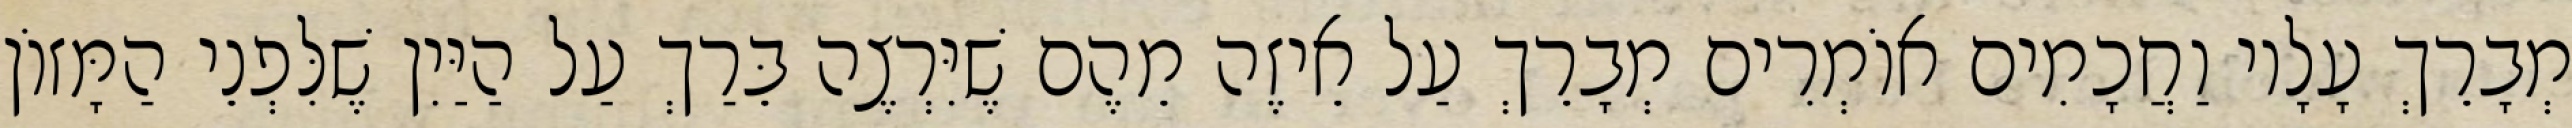
מְבָרֵךְ עָלָיו וַחֲכָמִים אוֹמְרִים מְבָרֵךְ עַל אֵיזֶה מֵהֶם שֶׁיִּרְצֶה בֵּרַךְ עַל הַיַּיִן שֶׁלִּפְנֵי הַמָּזוֹן